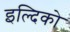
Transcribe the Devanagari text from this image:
इल्दिको